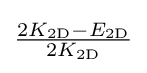
{\tfrac {2K_{\mathrm {2D} }-E_{\mathrm {2D} }}{2K_{\mathrm {2D} }}}